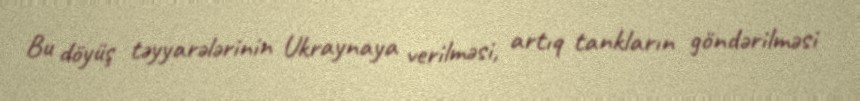
Bu döyüş təyyarələrinin Ukraynaya verilməsi, artıq tankların göndərilməsi